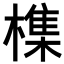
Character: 𣛜